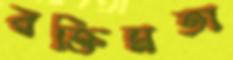
রক্তিমতা